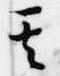
其